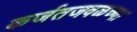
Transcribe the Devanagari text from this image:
कर्जतजवळच्या